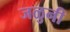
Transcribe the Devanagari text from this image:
जळुनी